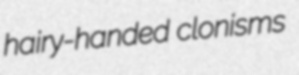
hairy-handed clonisms